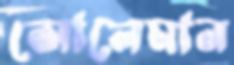
সোলেমান